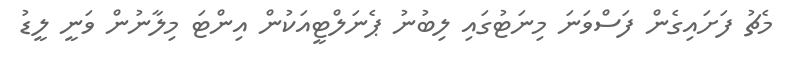
މެޗު ފަށައިގެން ފަސްވަނަ މިނަޓުގައި ލިބުނު ޕެނަލްޓީއަކުން އިންޓަ މިލާނުން ވަނީ ލީޑު